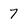
Character: 7